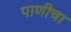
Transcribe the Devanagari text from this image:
पाणीचा